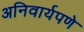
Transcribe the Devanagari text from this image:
अनिवार्यपणे